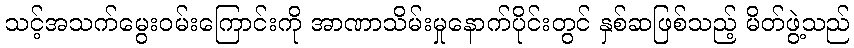
သင့်အသက်မွေးဝမ်းကြောင်းကို အာဏာသိမ်းမှုနောက်ပိုင်းတွင် နှစ်ဆဖြစ်သည့် မိတ်ဖွဲ့သည်